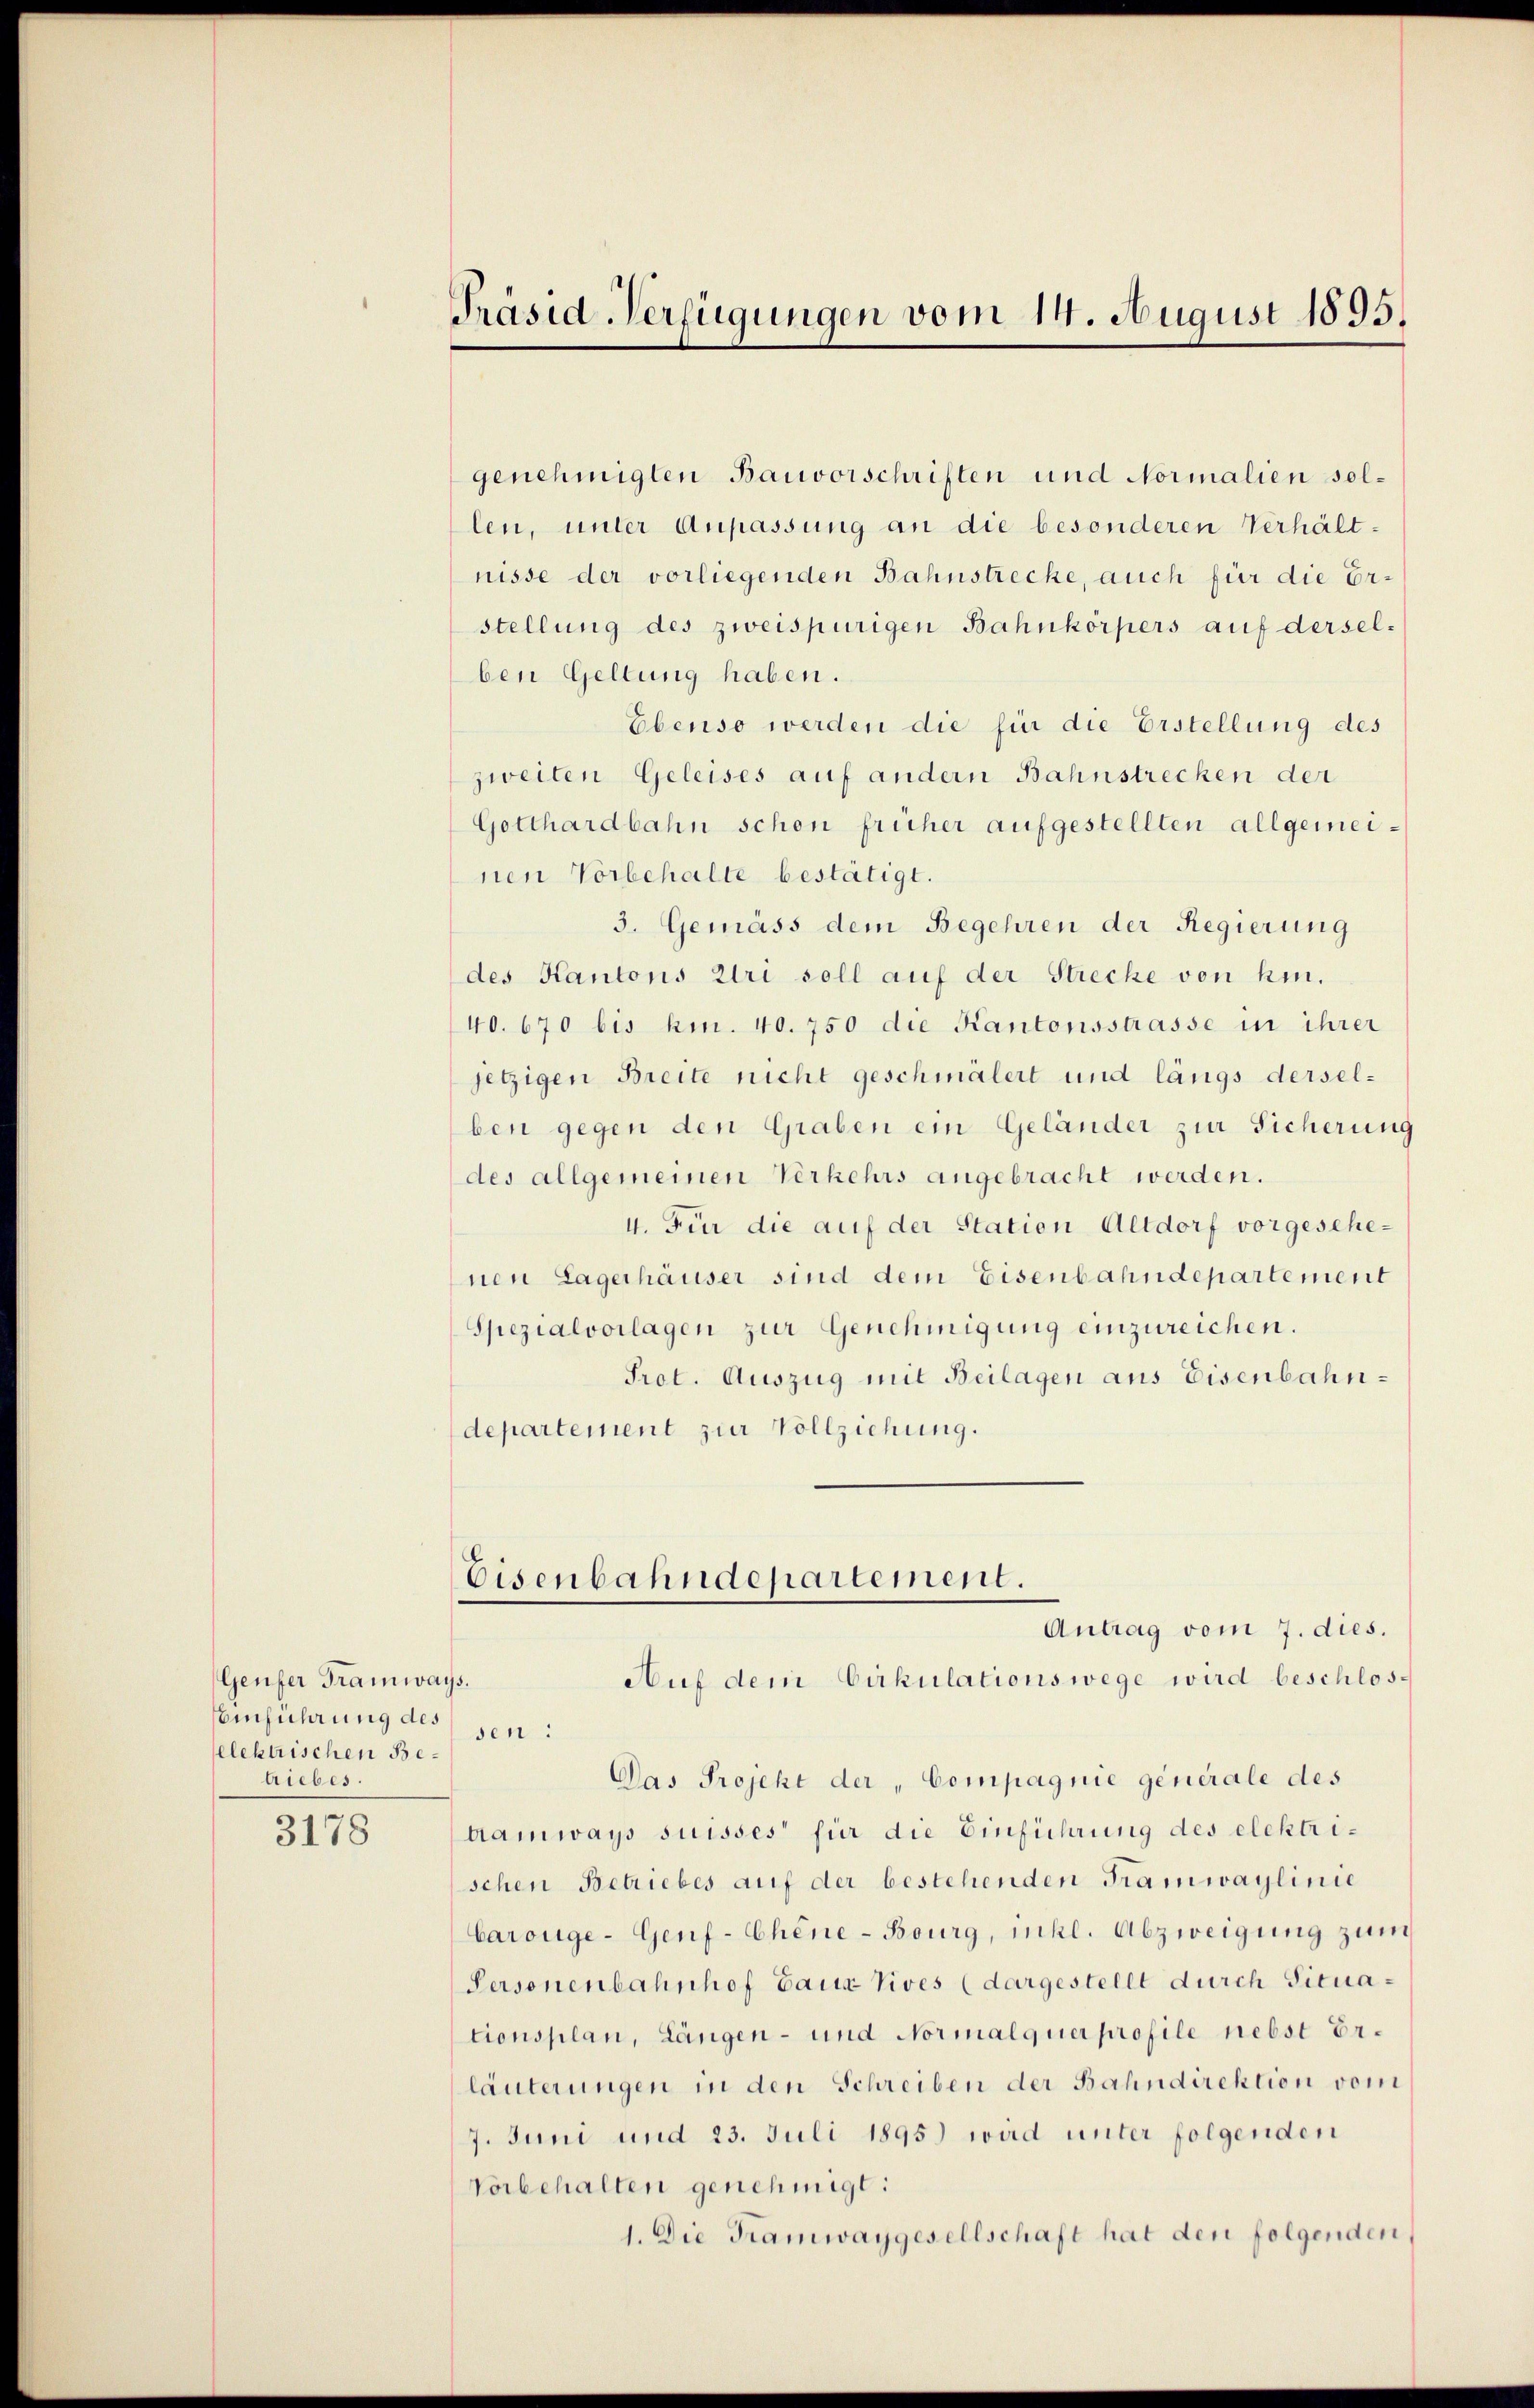
Genfer Tramways.
Einführung des
elektrischen Betriebes.

3178

Präsid-Verfügungen vom 14. August 1895.

genehmigten Bauvorschriften und Normalien sollen, unter Anpassung an die besonderen Verhält-
nisse der vorliegenden Bahnstrecke, auch für die Erstellung des zweispurigen Bahnkörpers auf derselben Geltung haben.
Ebenso werden die für die Erstellung des
zweiten Geleises auf andern Bahnstrechen der
Gotthardbahn schon früher aufgestellten allgemeinen Vorbehalte bestätigt.
3. Gemäss dem Begehren der Regierung
des Kantons Uri soll auf der Strecke von hin.
40. 670 bis hin. 40. 750 die Kantonsstrasse in ihrer
jetzigen Breite nicht geschmälert und längs derselben gegen den Graben ein Geländer zur Sicherung
des allgemeinen Verkehrs angebracht werden.
4. Für die auf der Station Altdorf vorgesehenen Lagerhäuser sind dem Eisenbahndepartement
Spezialvorlagen zur Genehmigung einzureichen.
Prot. Auszug mit Beilagen aus Eisenbahndepartement zur Vollziehung.

Eisenbahndepartement.
Antrag vom 7. dies.

Auf dem Cirkulationswege wird beschlossen:
Das Projekt der „Compagnie generale des
Aamways suisses für die Einführung des elektrischen Betriebes auf der bestehenden Tramwaylinie
Carouge-Genf-Chéne-Bourg, inkl. Abzweigung zum
Personenbahnhof baux Vives (dargestellt durch Situationsplan, Längen- und Normalquer profile nebst Erläuterungen in den Schreiben der Bahndirektion vom
7. Juni und 23. Juli 1895 wird unter folgenden
Vorbehalten genehmigt:
1. Die Tramwaygesellschaft hat den folgenden